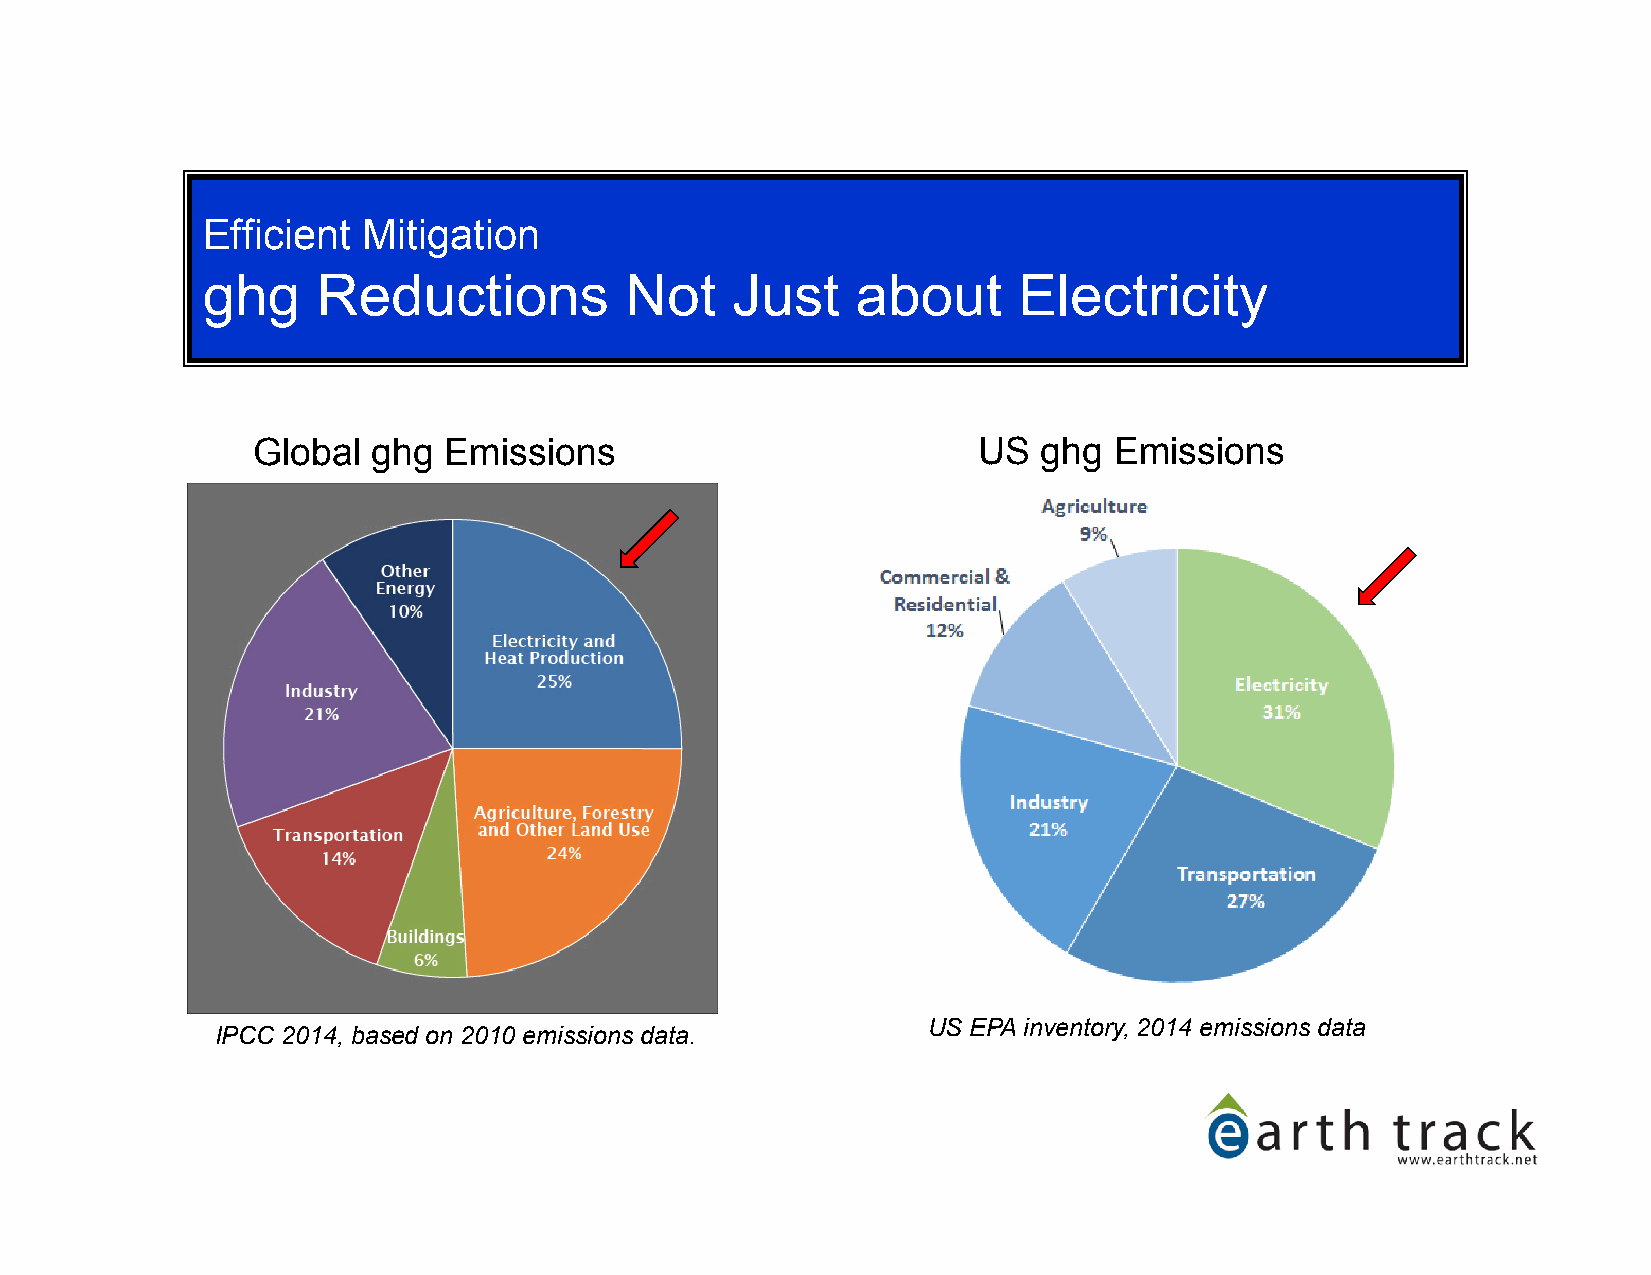
Efficient  Mitigation
 ghg     Reductions          Not    Just     about     Electricity
 Global  ghg Emissions                           US  ghg  Emissions
 US EPA inventory, 2014 emissions data
 IPCC 2014, based on 2010 emissions data.